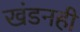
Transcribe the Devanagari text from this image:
खंडनही